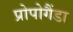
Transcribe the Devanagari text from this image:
प्रोपोगैंडा